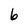
Character: 6